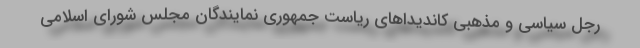
رجل سیاسی و مذهبی کاندیداهای ریاست جمهوری نمایندگان مجلس شورای اسلامی